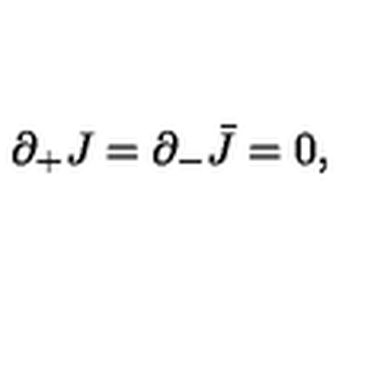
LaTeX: \partial _ { + } J = \partial _ { - } \bar { J } = 0 ,